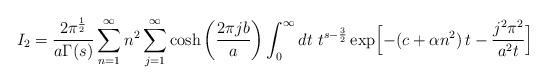
LaTeX: \begin{align*}I_2 = {2\pi^{1 \over 2} \over a\Gamma (s)} \sum_{n=1}^{\infty}n^2 \sum_{j=1}^{\infty} \cosh \left({2\pi jb \over a} \right) \int_0^{\infty} dt\ t^{s - {3 \over 2}} \exp \Bigl[ -(c + \alpha n^2)\,t - \frac{j^2\pi^2}{a^2t} \Bigr]\end{align*}